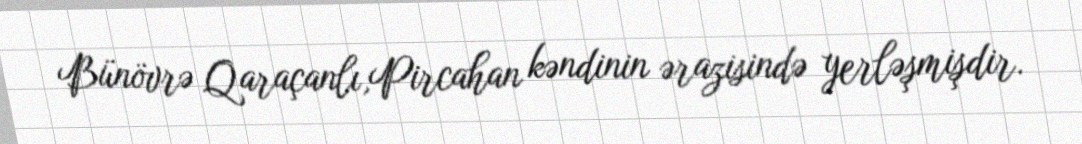
Bünövrə Qaraçanlı,Pircahan kəndinin ərazisində yerləşmişdir.